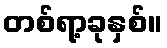
တစ်ရာ့ခုနှစ်။